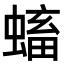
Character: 𧏷